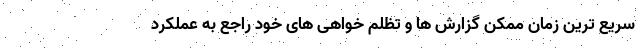
سریع ترین زمان ممکن گزارش ها و تظلم خواهی های خود راجع به عملکرد